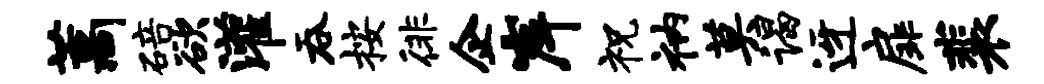
藁碚欲灌吞按徘企岸祝衲莫谒迓扉裴